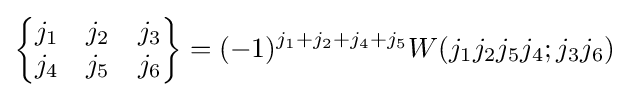
{\begin{Bmatrix}j_{1}&j_{2}&j_{3}\\j_{4}&j_{5}&j_{6}\end{Bmatrix}}=(-1)^{j_{1}+j_{2}+j_{4}+j_{5}}W(j_{1}j_{2}j_{5}j_{4};j_{3}j_{6})